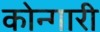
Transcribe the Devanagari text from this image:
कोन्गारी